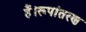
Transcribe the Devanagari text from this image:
हैं।रूपांतरण